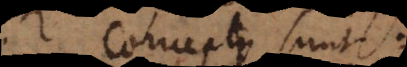
Conceptus sunt: